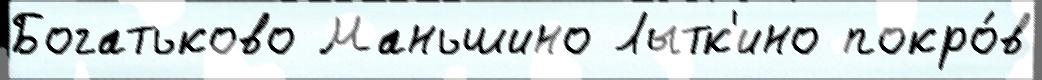
Богатьково Маньшино Лытк'ино покро́в